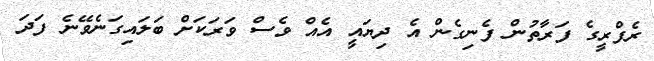
ރެފްރީގެ ފަރާތުން ފެނިގެން އެ ދިޔައީ އެއް ވެސް ވަރަކަށް ބަލައިގަނެވޭނެ ފަދަ